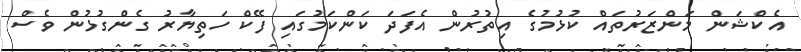
އެކްޝަން މަންޒަރުތައް ކުޅުމުގެ އިތުރުން އެފަދަ ކަންކަމުގައި ފޭކް ހަތިޔާރު ގެންގުޅުން ވެސް